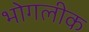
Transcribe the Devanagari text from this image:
भोगलीक